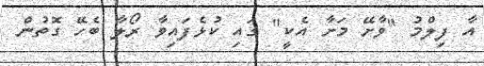
އާ ފިލްމު "ވާށޭ މަށާ އެކީ" ގައި ކުޅެފައިވާ ރޯލާ ބެހޭ ގޮތުން